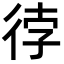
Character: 𭛫